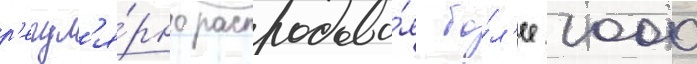
р'егул'я́рно распродава́я бо́л'ее 1000